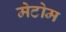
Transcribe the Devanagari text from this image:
मेटोम